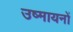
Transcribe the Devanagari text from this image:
उष्मायनों